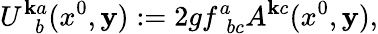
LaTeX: U_{~~~b}^{\mathbf{k}a}(x^{0},{\mathbf{y}}):=2gf_{~~bc}^{a}A^{\mathbf{k}c}(x^{0},{\mathbf{y}}),